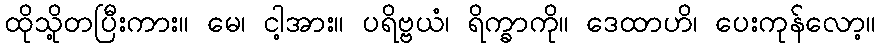
ထိုသို့တပြီးကား။ မေ၊ ငါ့အား။ ပရိဗ္ဗယံ၊ ရိက္ခာကို။ ဒေထာဟိ၊ ပေးကုန်လော့။